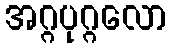
အဂ္ဂပုဂ္ဂလော